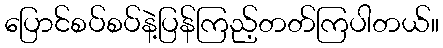
ပြောင်စပ်စပ်နဲ့ပြန်ကြည့်တတ်ကြပါတယ်။